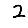
Digit: 2